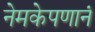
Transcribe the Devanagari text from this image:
नेमकेपणानं